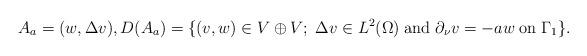
LaTeX: \begin{align*}A_a= (w,\Delta v),D(A_a)=\{ (v,w)\in V\oplus V;\; \Delta v\in L^2(\Omega )\; \textrm{and}\; \partial _\nu v=-aw\; \textrm{on}\; \Gamma _1\}.\end{align*}